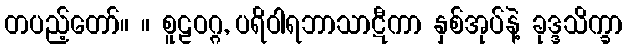
တပည့်တော်။ ။ စူဠဝဂ္ဂ, ပရိဝါရဘာသာဋီကာ နှစ်အုပ်နဲ့ ခုဒ္ဒသိက္ခာ